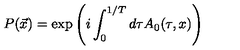
P ( \vec { x } ) = \exp \left( i \int _ { 0 } ^ { 1 / T } d \tau A _ { 0 } ( \tau , x ) \right)